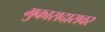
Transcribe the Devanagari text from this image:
मुकासदारावर